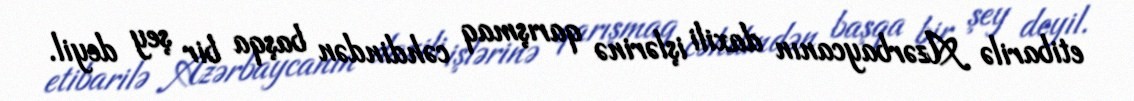
etibarilə Azərbaycanın daxili işlərinə qarışmaq cəhdindən başqa bir şey deyil.